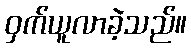
ဝှက်ယူလာခဲ့သည်။